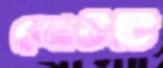
নোটটি